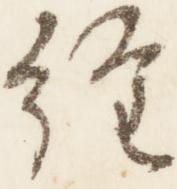
経